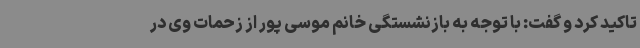
تاکید کرد و گفت: با توجه به بازنشستگی خانم موسی پور از زحمات وی در